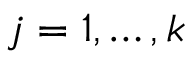
j = 1 , \dots , k